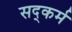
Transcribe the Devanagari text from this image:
सद्कर्म